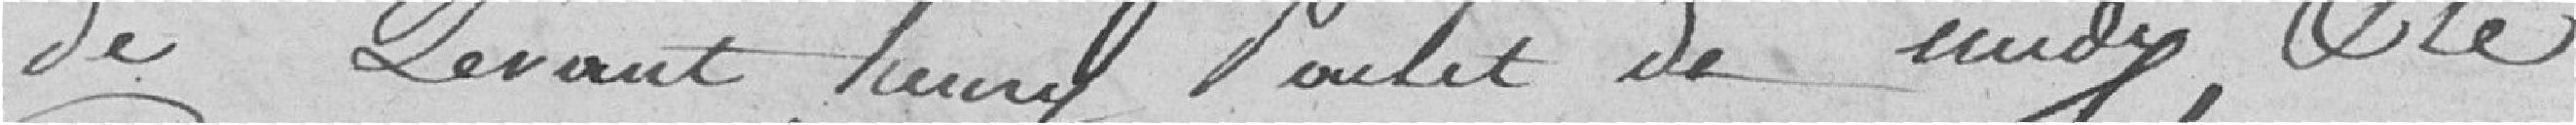
du Levant, Henry Poulet du midi, et le